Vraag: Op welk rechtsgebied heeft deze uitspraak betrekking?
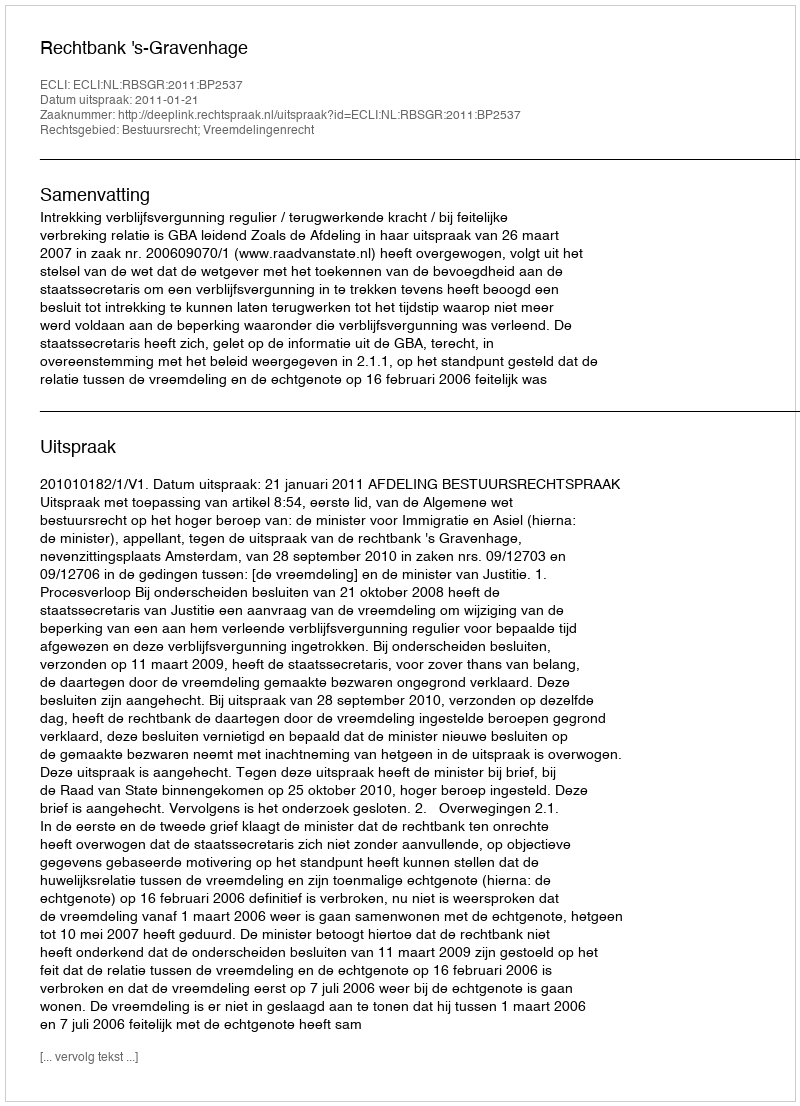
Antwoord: Bestuursrecht; Vreemdelingenrecht